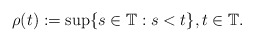
\begin{align*} \rho(t):=\sup\{s\in \mathbb{T} : s<t\}, t\in\mathbb{T}.\end{align*}